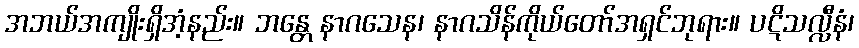
အဘယ်အကျိုးရှိအံ့နည်း။ ဘန္တေ နာဂသေန၊ နာဂသိန်ကိုယ်တော်အရှင်ဘုရား။ ပဋိသလ္လီနံ၊